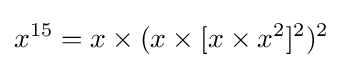
x^{15}=x\times (x\times [x\times x^{2}]^{2})^{2}